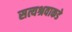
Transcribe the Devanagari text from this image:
सत्यश्रवाकडे